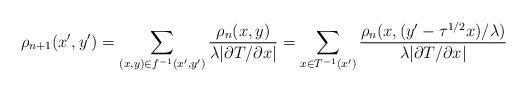
LaTeX: \begin{align*}\rho_{n+1}(x',y') = \sum_{(x,y)\in f^{-1}(x',y')} \frac{\rho_n(x,y)}{\lambda |\partial T/\partial x|} = \sum_{x\in T^{-1}(x')} \frac{\rho_n(x,(y'-\tau^{1/2}x)/\lambda)} {\lambda |\partial T/\partial x|}\end{align*}